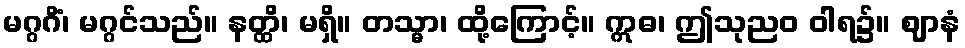
မဂ္ဂဂိံ၊ မဂ္ဂင်သည်။ နတ္ထိ၊ မရှိ။ တသ္မာ၊ ထို့ကြောင့်။ ဣဓ၊ ဤသုညဝ ဝါရ၌။ ဈာနံ